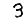
Digit: 3